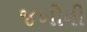
જખોની